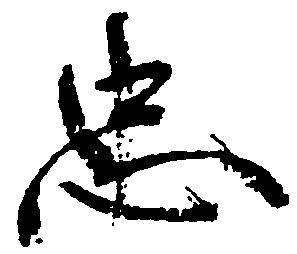
忠